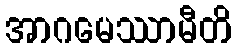
အာဂမေဿာမီတိ